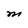
Character: M